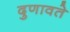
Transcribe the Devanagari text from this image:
दुणावते